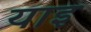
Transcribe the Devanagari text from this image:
याइ